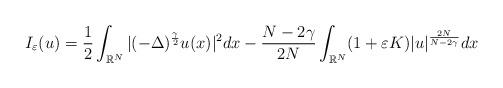
LaTeX: \begin{align*}I_\varepsilon (u) = \frac{1}{2}\displaystyle\int_{\mathbb{R}^N}|(-\Delta)^{\frac{\gamma}{2}} u(x)|^2dx - \frac{N - 2\gamma}{2N}\displaystyle\int_{\mathbb{R}^N}(1 + \varepsilon K)|u|^{\frac{2N}{N - 2\gamma}}dx\end{align*}